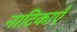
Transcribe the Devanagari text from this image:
नाटिकाएँ